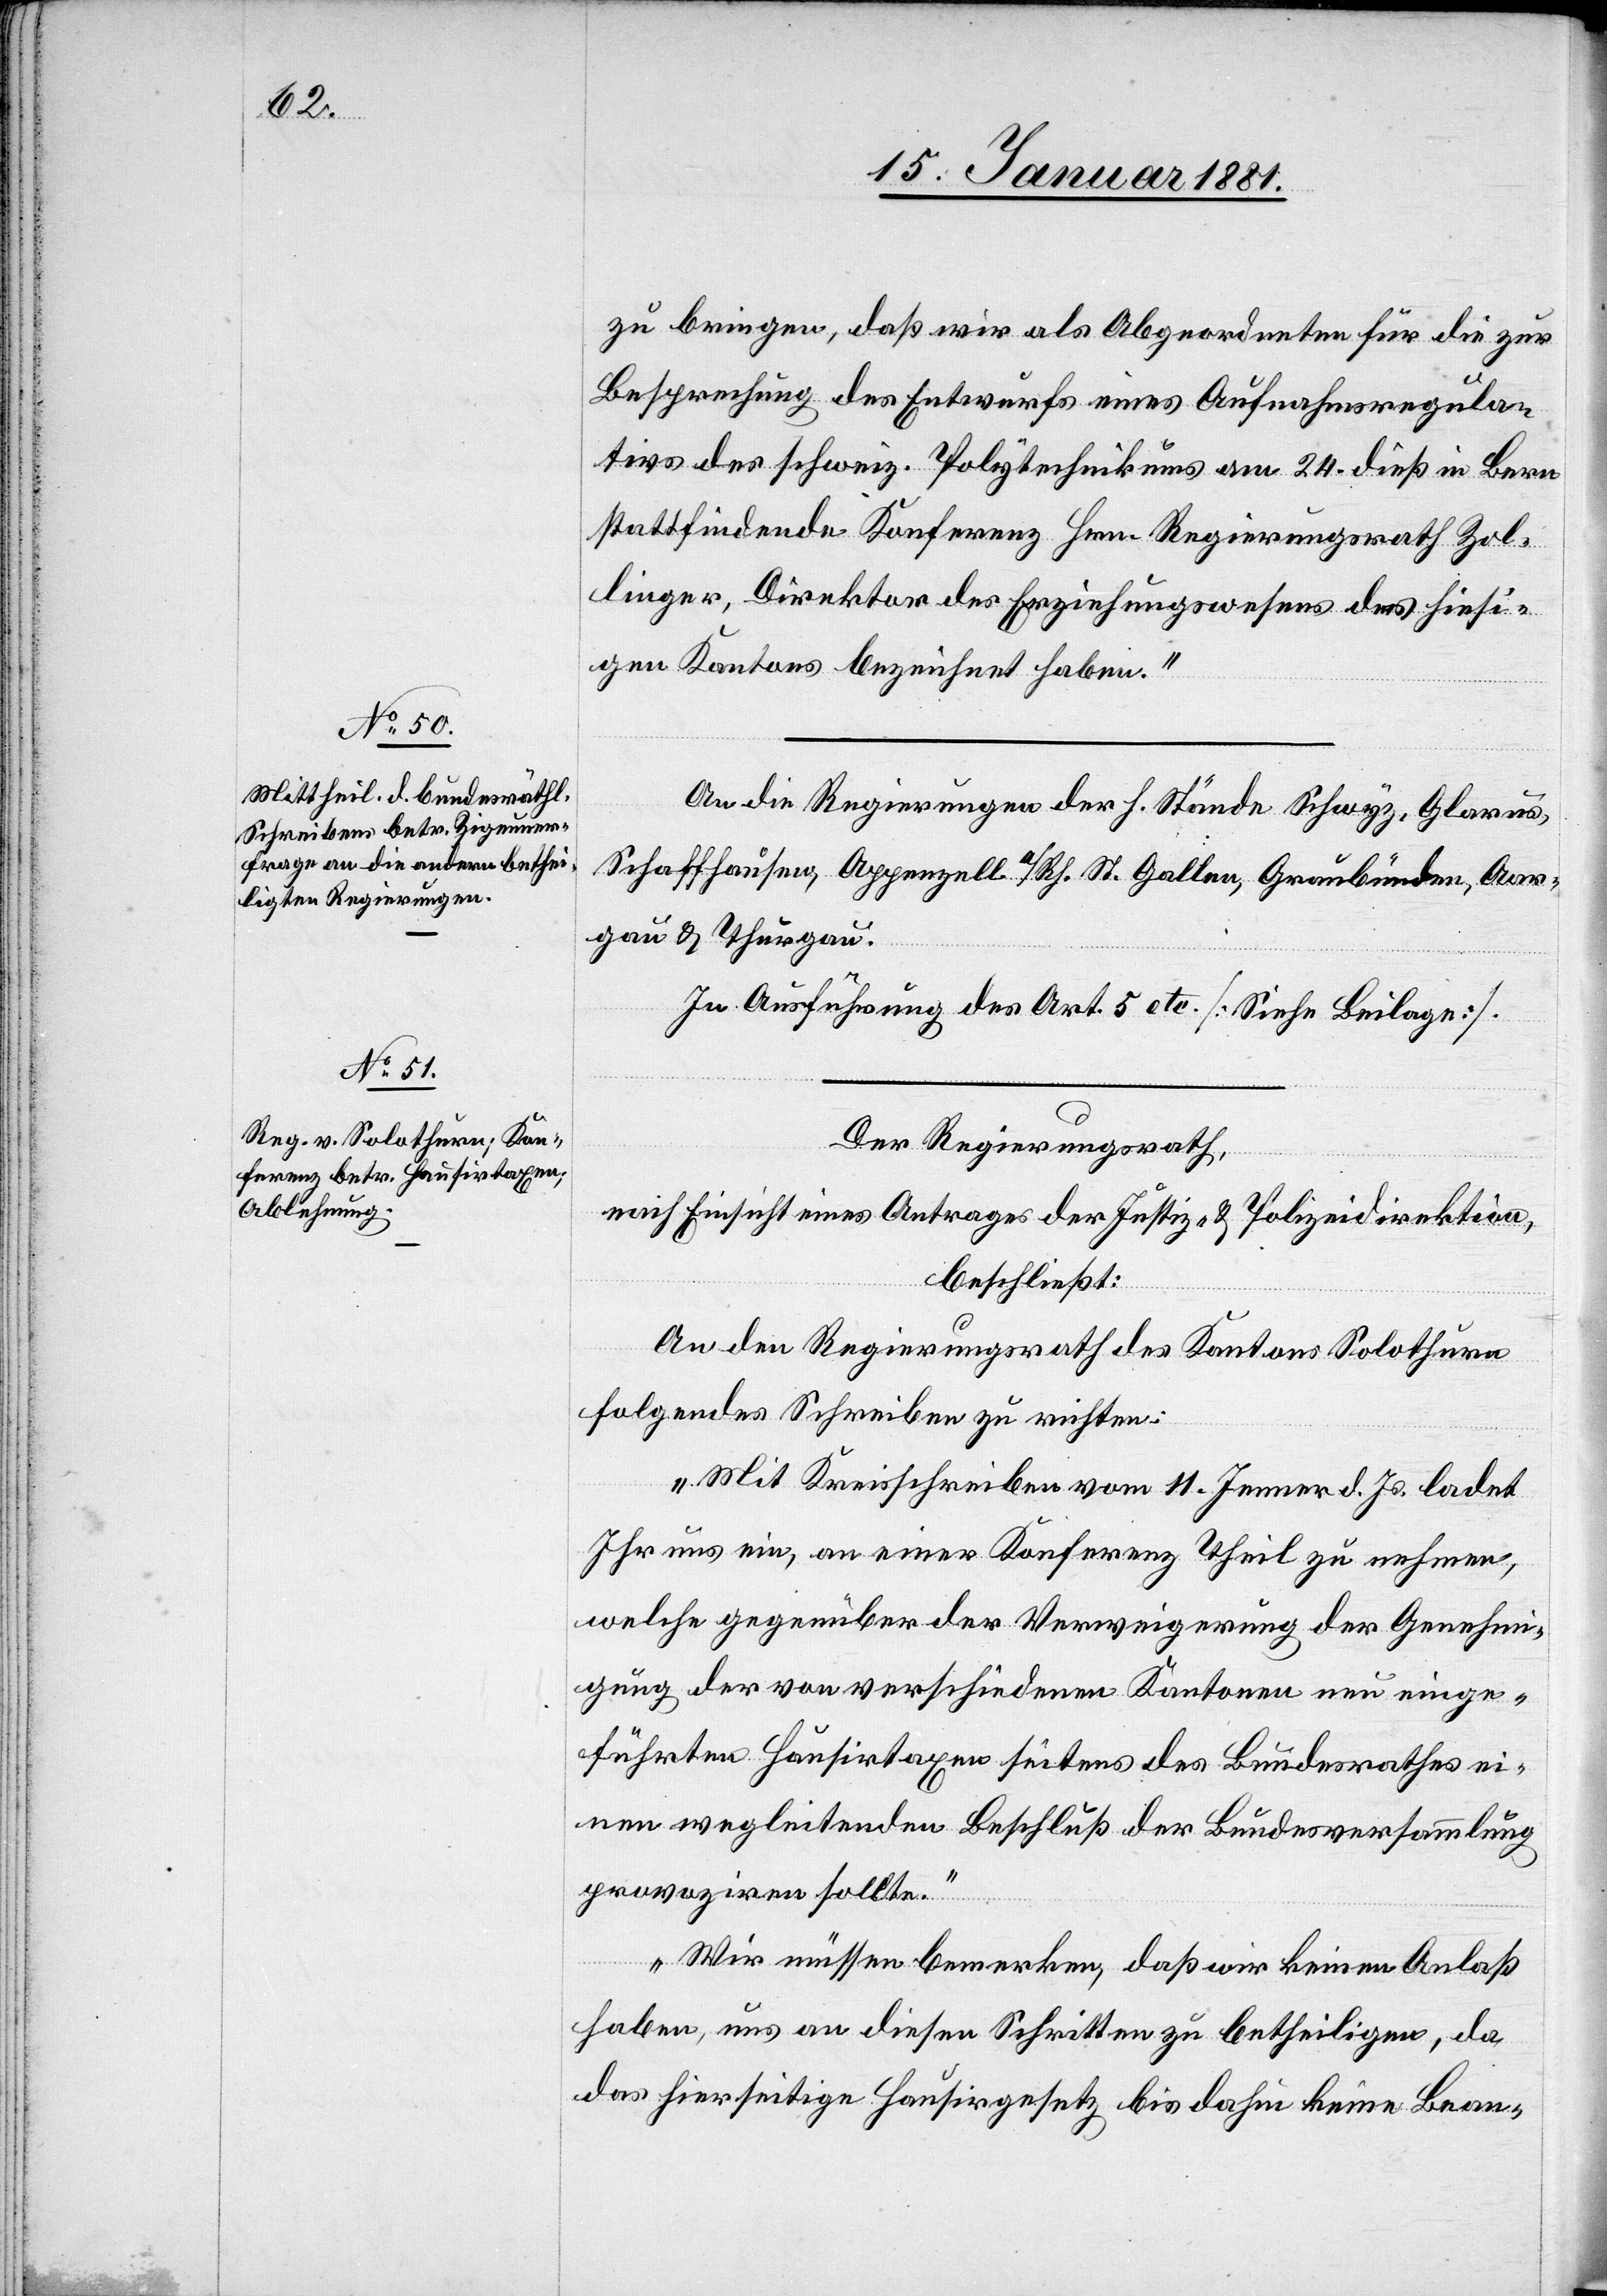
zu bringen, daß wir als Abgeordneten für die zur
Besprechung der Entwürfe eines Aufnahmsregula¬
tivs des schweiz. Polytechnikums am 24. dieß in Bern
stattfindende Konferenz Hrn. Regierungsrath Zol¬
linger, Direktor des Erziehungswesens des hiesi¬
gen Kantons bezeichnet haben.“
Der Regierungsrath,
nach Einsicht eines Antrages der Justiz- & Polizeidirektion,
beschließt:
An den Regierungsrath des Kantons Solothurn
folgendes Schreiben zu richten:
„Mit Kreisschreiben vom 11. Jenner d. Js. ladet
Ihr uns ein, an einer Konferenz Theil zu nehmen,
welche gegenüber der Verweigerung der Genehmi¬
gung der von verschiedenen Kantonen neu einge¬
führten Hausirtaxen seitens des Bundesrathes ei¬
nen wegleitenden Beschluß der Bundesversammlung
provoziren sollte.“
„Wir müssen bemerken, daß wir keinen Anlaß
haben, uns an diesen Schritten zu betheiligen, da
das hierseitige Hausirgesetz bis dahin keine Bean-